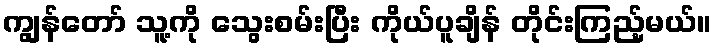
ကျွန်တော် သူ့ကို သွေးစမ်းပြီး ကိုယ်ပူချိန် တိုင်းကြည့်မယ်။